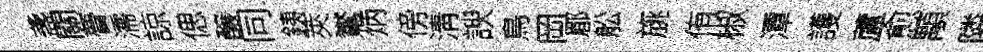
盞關瞢濡諒偲醸同銕莢鸑炳傍淸諛鳥岡郿舩旐侑椒潭護蘆愈顒隣